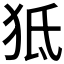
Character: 𤝬